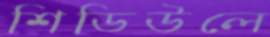
শিডিউলে